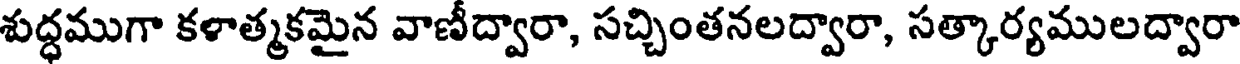
శుద్ధముగా కళాత్మకమైన వాణీద్వారా, సచ్చింతనలద్వారా, సత్కార్యములద్వారా